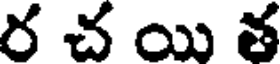
ర చ యి త